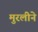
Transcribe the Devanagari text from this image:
मुरलीने